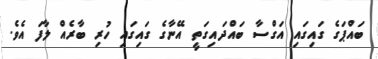
ބައްޕަގެ ގައިގައި އަގްސާ ބައްދައިގަތީ އޭނާގެ ގައިގައި ހުރި ބާރެއް ލާފަ އެވެ.